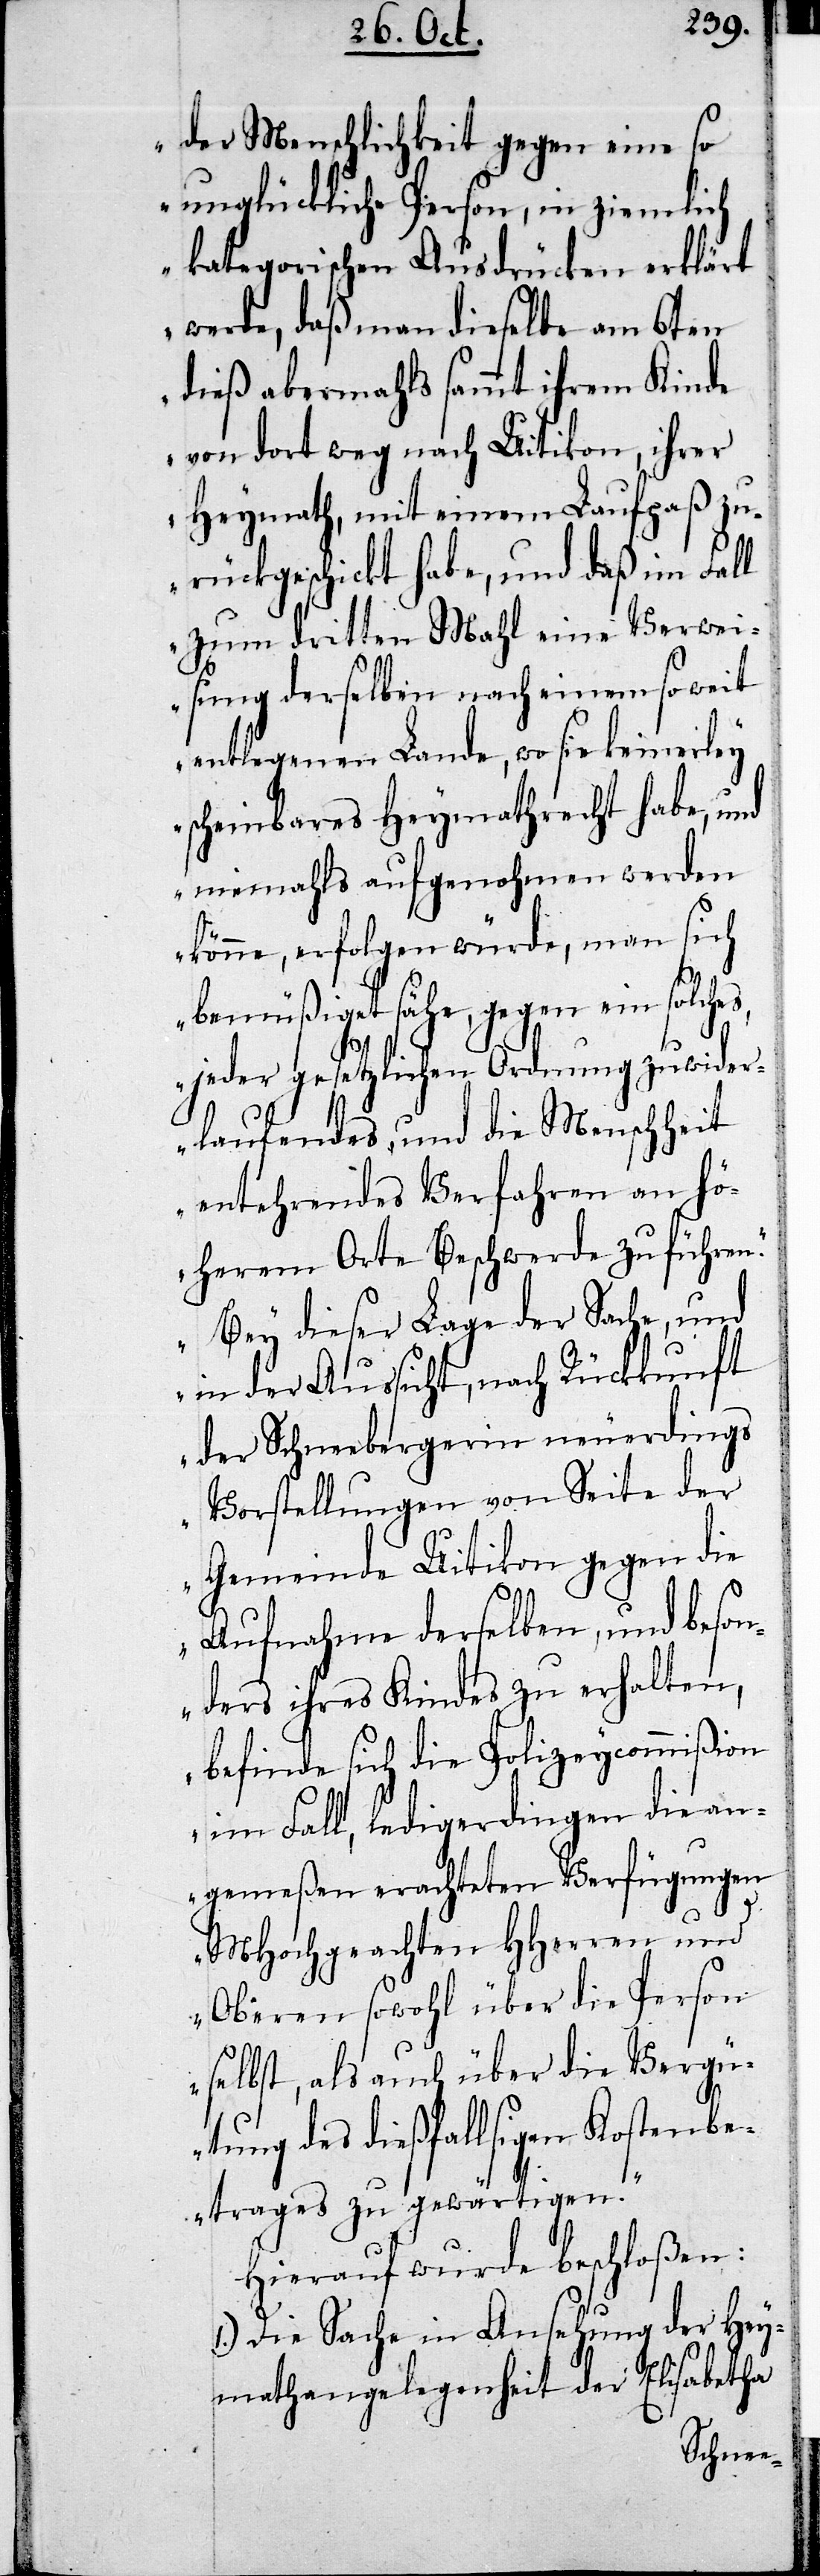
der Menschlichkeit gegen eine so
unglückliche Person, in ziemlich
kategorischen Ausdrücken erklärt
werde, daß man dieselbe am 6ten
dieß abermahls sammt ihrem Kinde
von dort weg nach Uitikon, ihrer
Heymath, mit einem Laufpaß zu¬
rückgeschickt habe, und daß im Fall
zum dritten Mahl eine Verwei¬
sung derselben nach einem so weit
entlegenen Lande, wo sie keinerley
scheinbares Heymathrecht habe, und
niemahls aufgenohmen werden
könne, erfolgen würde, man sich
bemüßiget sähe, gegen ein solches,
jeder gesetzlichen Ordnung zuwieder¬
laufendes, und die Menschheit
entehrendes Verhalten Verfahren
höherem Orte Beschwerde zu führen.
Bey dieser Lage der Sache, und
in der Aussicht, nach Rückkunft
der Schneebergerin neuerdings
Vorstellungen von Seite der
Gemeinde Uitikon gegen die
Aufnahme derselben, und beson¬
ders ihres Kindes zu erhalten,
befinde sich die Polizeycommißion
um Fall, ledigerdingen die an¬
gemeßen erachteten Verfügungen
MHochgeachten HHerren und
Oberen sowohl über die Person
selbst, als auch über die Vergü¬
tung des dießfalligen Kostenbe¬
trages zu gewärtigen.“
Hierauf wurde beschloßen:
1.) Die Sache in Ansehung der Hey¬
mathangelegenheit der Elisabetha